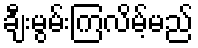
ချီးမွမ်းကြလိမ့်မည်